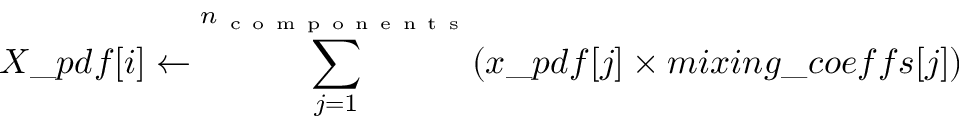
X \_ p d f [ i ] \leftarrow \sum _ { j = 1 } ^ { n _ { \mathrm { ~ c ~ o ~ m ~ p ~ o ~ n ~ e ~ n ~ t ~ s ~ } } } ( x \_ p d f [ j ] \times m i x i n g \_ c o e f f s [ j ] )